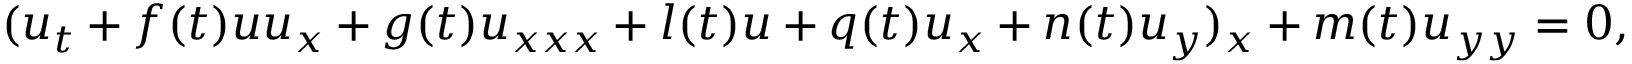
( u _ { t } + f ( t ) u u _ { x } + g ( t ) u _ { x x x } + l ( t ) u + q ( t ) u _ { x } + n ( t ) u _ { y } ) _ { x } + m ( t ) u _ { y y } = 0 ,